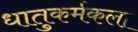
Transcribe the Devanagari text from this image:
धातुकर्मकला